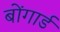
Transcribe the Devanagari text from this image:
बोंगार्ड